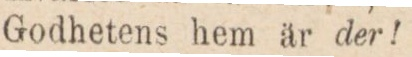
Godhetens hem är der!